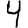
Digit: 4